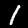
Digit: 1